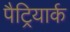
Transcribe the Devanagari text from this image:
पैट्रियार्क